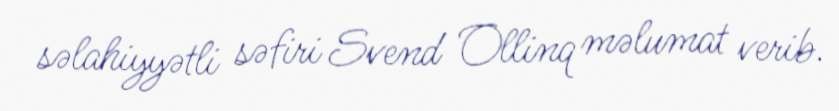
səlahiyyətli səfiri Svend Ollinq məlumat verib.